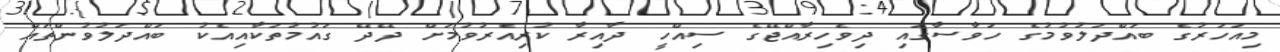
މިއަހަރުގެ ބައްދަލުވުމުގެ ހަވާސާގައި ދިވެހިރާއްޖޭގެ ސިއްހީ ދާއިރާ ކުރިއެރުވުމަށް ދޭދޭ ގައުމުތަކާއިއެކު ބައްދަލުވުންތައް